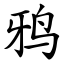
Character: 鸦